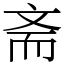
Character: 斋